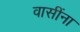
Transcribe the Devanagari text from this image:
वासींना